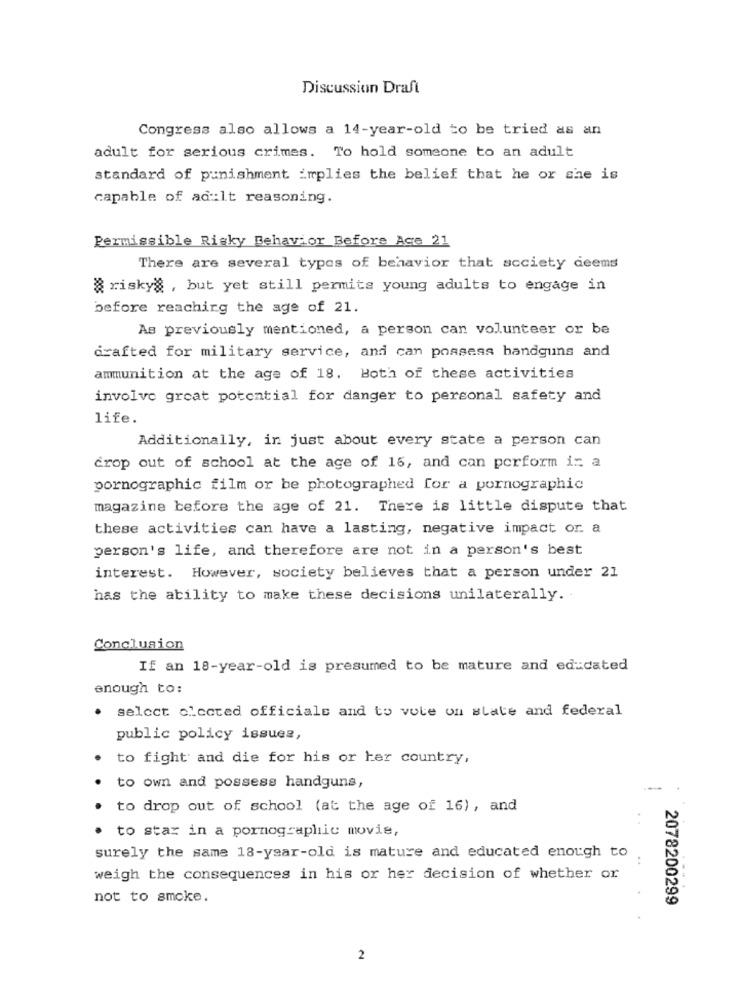
Discussion Draft
Congress also allows a 14-year-old to be tried as an
adult for serious crimes. To hold someone to an adult
standard of punishment implies the belief that he or she is
capable of adult reasoning.
Permissible Risky Behavior Before Age 21
There are several types of behavior that society deems
§ risky , but yet still permite young adults to engage in
before reaching the age of 21.
As previously mentioned, a person can volunteer or be
drafted for military service, and can possess handguns and
ammunition at the age of 18. Both of these activities
involve great potential for danger to personal safety and
life.
Additionally, in just about every state a person can
drop out of school at the age of 15, and can perform is a
pornographic film or be photographed for a pornographic
magazine before the age of 21. There is little dispute that
these activities can have a lasting, negative impact or. a
person's life, and therefore are not in a person's best
interest. However, society believes that a person under 21
has the ability to make these decisions unilaterally ..
Conclusion
If an 18-year-old is presumed to be mature and educated
enough to:
.
select elected officials and to vote on slate and federal
public policy issues,
to fight and die for his or her country,
to own and possess handguns,
to drop out of school (at the age of 16), and
to star in a pornographic movie,
.
surely the same 18-year-old is mature and educated enough to
weigh the consequences in his or her decision of whether or
not to smoke.
: 2078200299
2